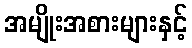
အမျိုးအစားများနှင့်